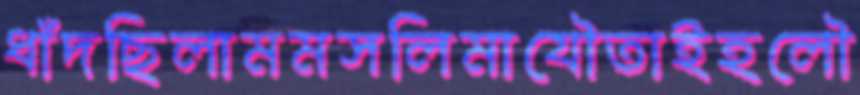
ধাঁদছিলামমসলিমাযৌতাইহলৌ